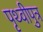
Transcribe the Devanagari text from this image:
पृथ्वीपुत्र